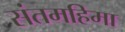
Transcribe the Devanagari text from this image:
संतमहिमा